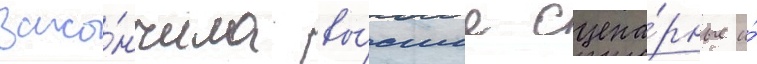
зако́нчила вы́сшие сцена́рные и́